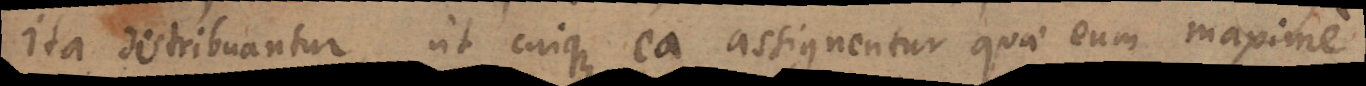
ita distribuantur, ut cuique ea assignentur quae eum maxime